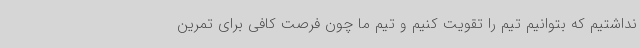
نداشتیم که بتوانیم تیم را تقویت کنیم و تیم ما چون فرصت کافی برای تمرین